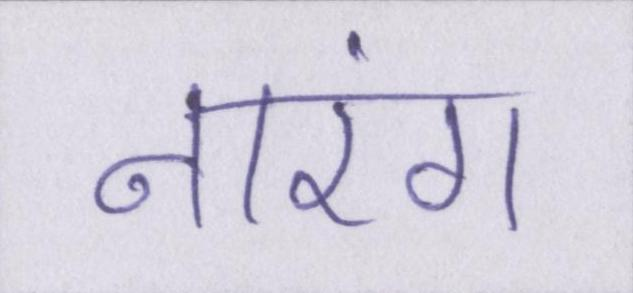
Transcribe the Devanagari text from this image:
नारंग